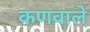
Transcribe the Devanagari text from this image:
कणवाले